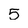
Character: 5